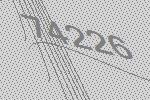
74226